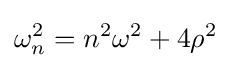
\omega _{n}^{2}=n^{2}\omega ^{2}+4\rho ^{2}